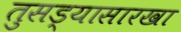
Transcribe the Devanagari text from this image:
तुसड्यासारखा